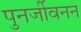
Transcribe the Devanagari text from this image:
पुनर्जीवनन